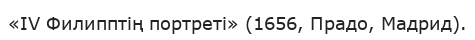
«IV Филипптің портреті» (1656, Прадо, Мадрид).